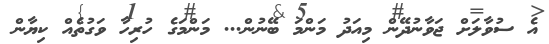
އެ ސުވާލަށް ޖަވާނުދޭން މިއަދު މަންމަ ބޭނުން... މަންމަގެ ހުރިހާ ވަގުތެއް ކިޔާން